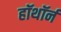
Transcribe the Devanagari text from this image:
हॉथॉर्न